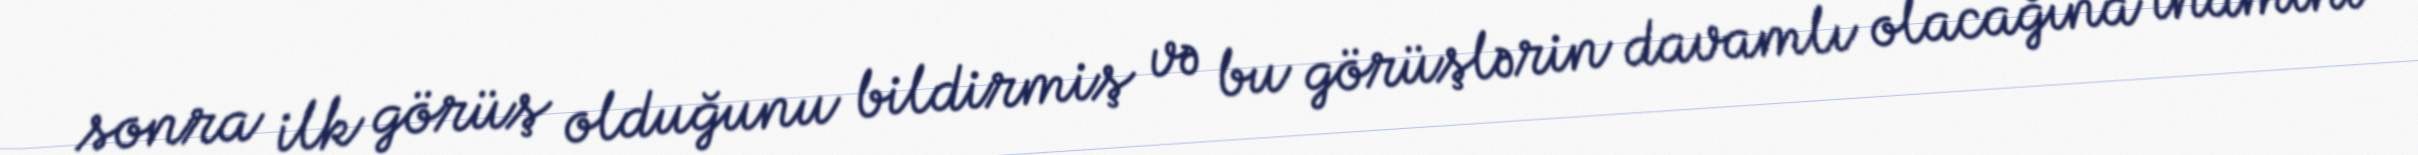
sonra ilk görüş olduğunu bildirmiş və bu görüşlərin davamlı olacağına inamını